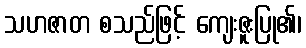
သဟဇာတ စသည်ဖြင့် ကျေးဇူးပြု၏၊